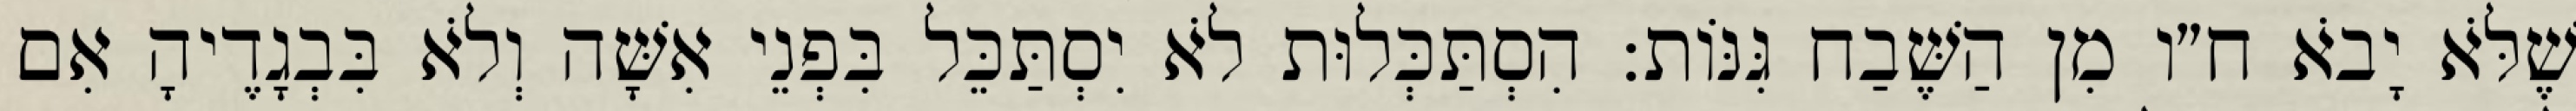
שֶׁלֹּא יָבֹא ח״ו מִן הַשֶּׁבַח גִּנּוֹת: הִסְתַּכְּלוּת לֹא יִסְתַּכֵּל בִּפְנֵי אִשָּׁה וְלֹא בִּבְגָדֶיהָ אִם